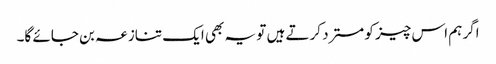
اگر ہم اس چیز کو مسترد کرتے ہیں تو یہ بھی ایک تنازعہ بن جائے گا۔